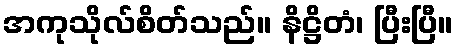
အကုသိုလ်စိတ်သည်။ နိဋ္ဌိတံ၊ ပြီးပြီ။